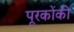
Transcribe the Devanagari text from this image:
पूरकोंकी